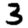
Digit: 3